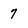
Character: 7